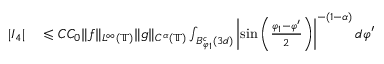
\begin{array} { r l } { | I _ { 4 } | } & { { } \leqslant C C _ { 0 } \| f \| _ { L ^ { \infty } ( \mathbb { T } ) } \| g \| _ { C ^ { \alpha } ( \mathbb { T } ) } \int _ { B _ { \varphi _ { 1 } } ^ { c } ( 3 d ) } \left| \sin \left( \frac { \varphi _ { 1 } - \varphi ^ { \prime } } { 2 } \right) \right| ^ { - ( 1 - \alpha ) } d \varphi ^ { \prime } } \end{array}